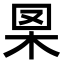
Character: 𦊧